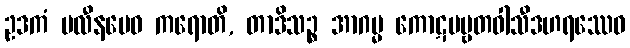
ဥဒကံ မလီနမေဝ ကရောတိ, တာဒိသဉ္စ အာဂမ္မ ကောဋပဗ္ဗတဝါသီဒဟရဿေဝ